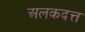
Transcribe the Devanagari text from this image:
अलकदत्त